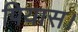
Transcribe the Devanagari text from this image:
पियास।